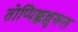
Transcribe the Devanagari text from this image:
तोप्पिक्कल्लुकल